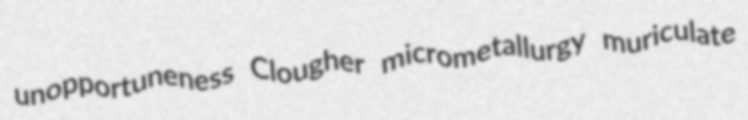
unopportuneness Clougher micrometallurgy muriculate